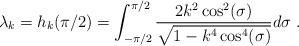
LaTeX: \begin{align*} \lambda_k=h_k(\pi/2)=\int_{-\pi/2}^{\pi/2} \frac{2k^2\cos^2(\sigma)}{\sqrt{1-k^4\cos^4(\sigma)}}d\sigma~.\end{align*}